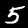
Label: 5